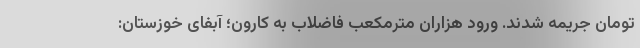
تومان جریمه شدند. ورود هزاران مترمکعب فاضلاب به کارون؛ آبفای خوزستان: